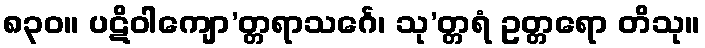
၈၃၀။ ပဋိဝါကျော’တ္တရာသင်္ဂေ၊ သု’တ္တရံ ဥတ္တရော တိသု။